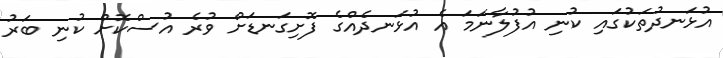
އުޅަނދުތަކުގައި ކުނި އުފުލާނަމަ އެ އުޅަނދެއްގެ ފޮށިގަނޑަށް ވުރެ އުސްކޮށް ކުނި ބަރު